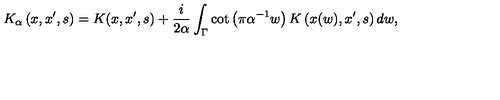
K _ { \alpha } \left( x , x ^ { \prime } , s \right) = K ( x , x ^ { \prime } , s ) + { \frac { i } { 2 \alpha } } \int _ { \Gamma } \cot \left( \pi \alpha ^ { - 1 } w \right) K \left( x ( w ) , x ^ { \prime } , s \right) d w ,